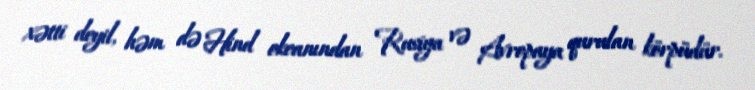
xətti deyil, həm də Hind okeanından Rusiya və Avropaya qurulan körpüdür.